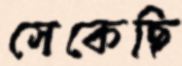
সেকেছি